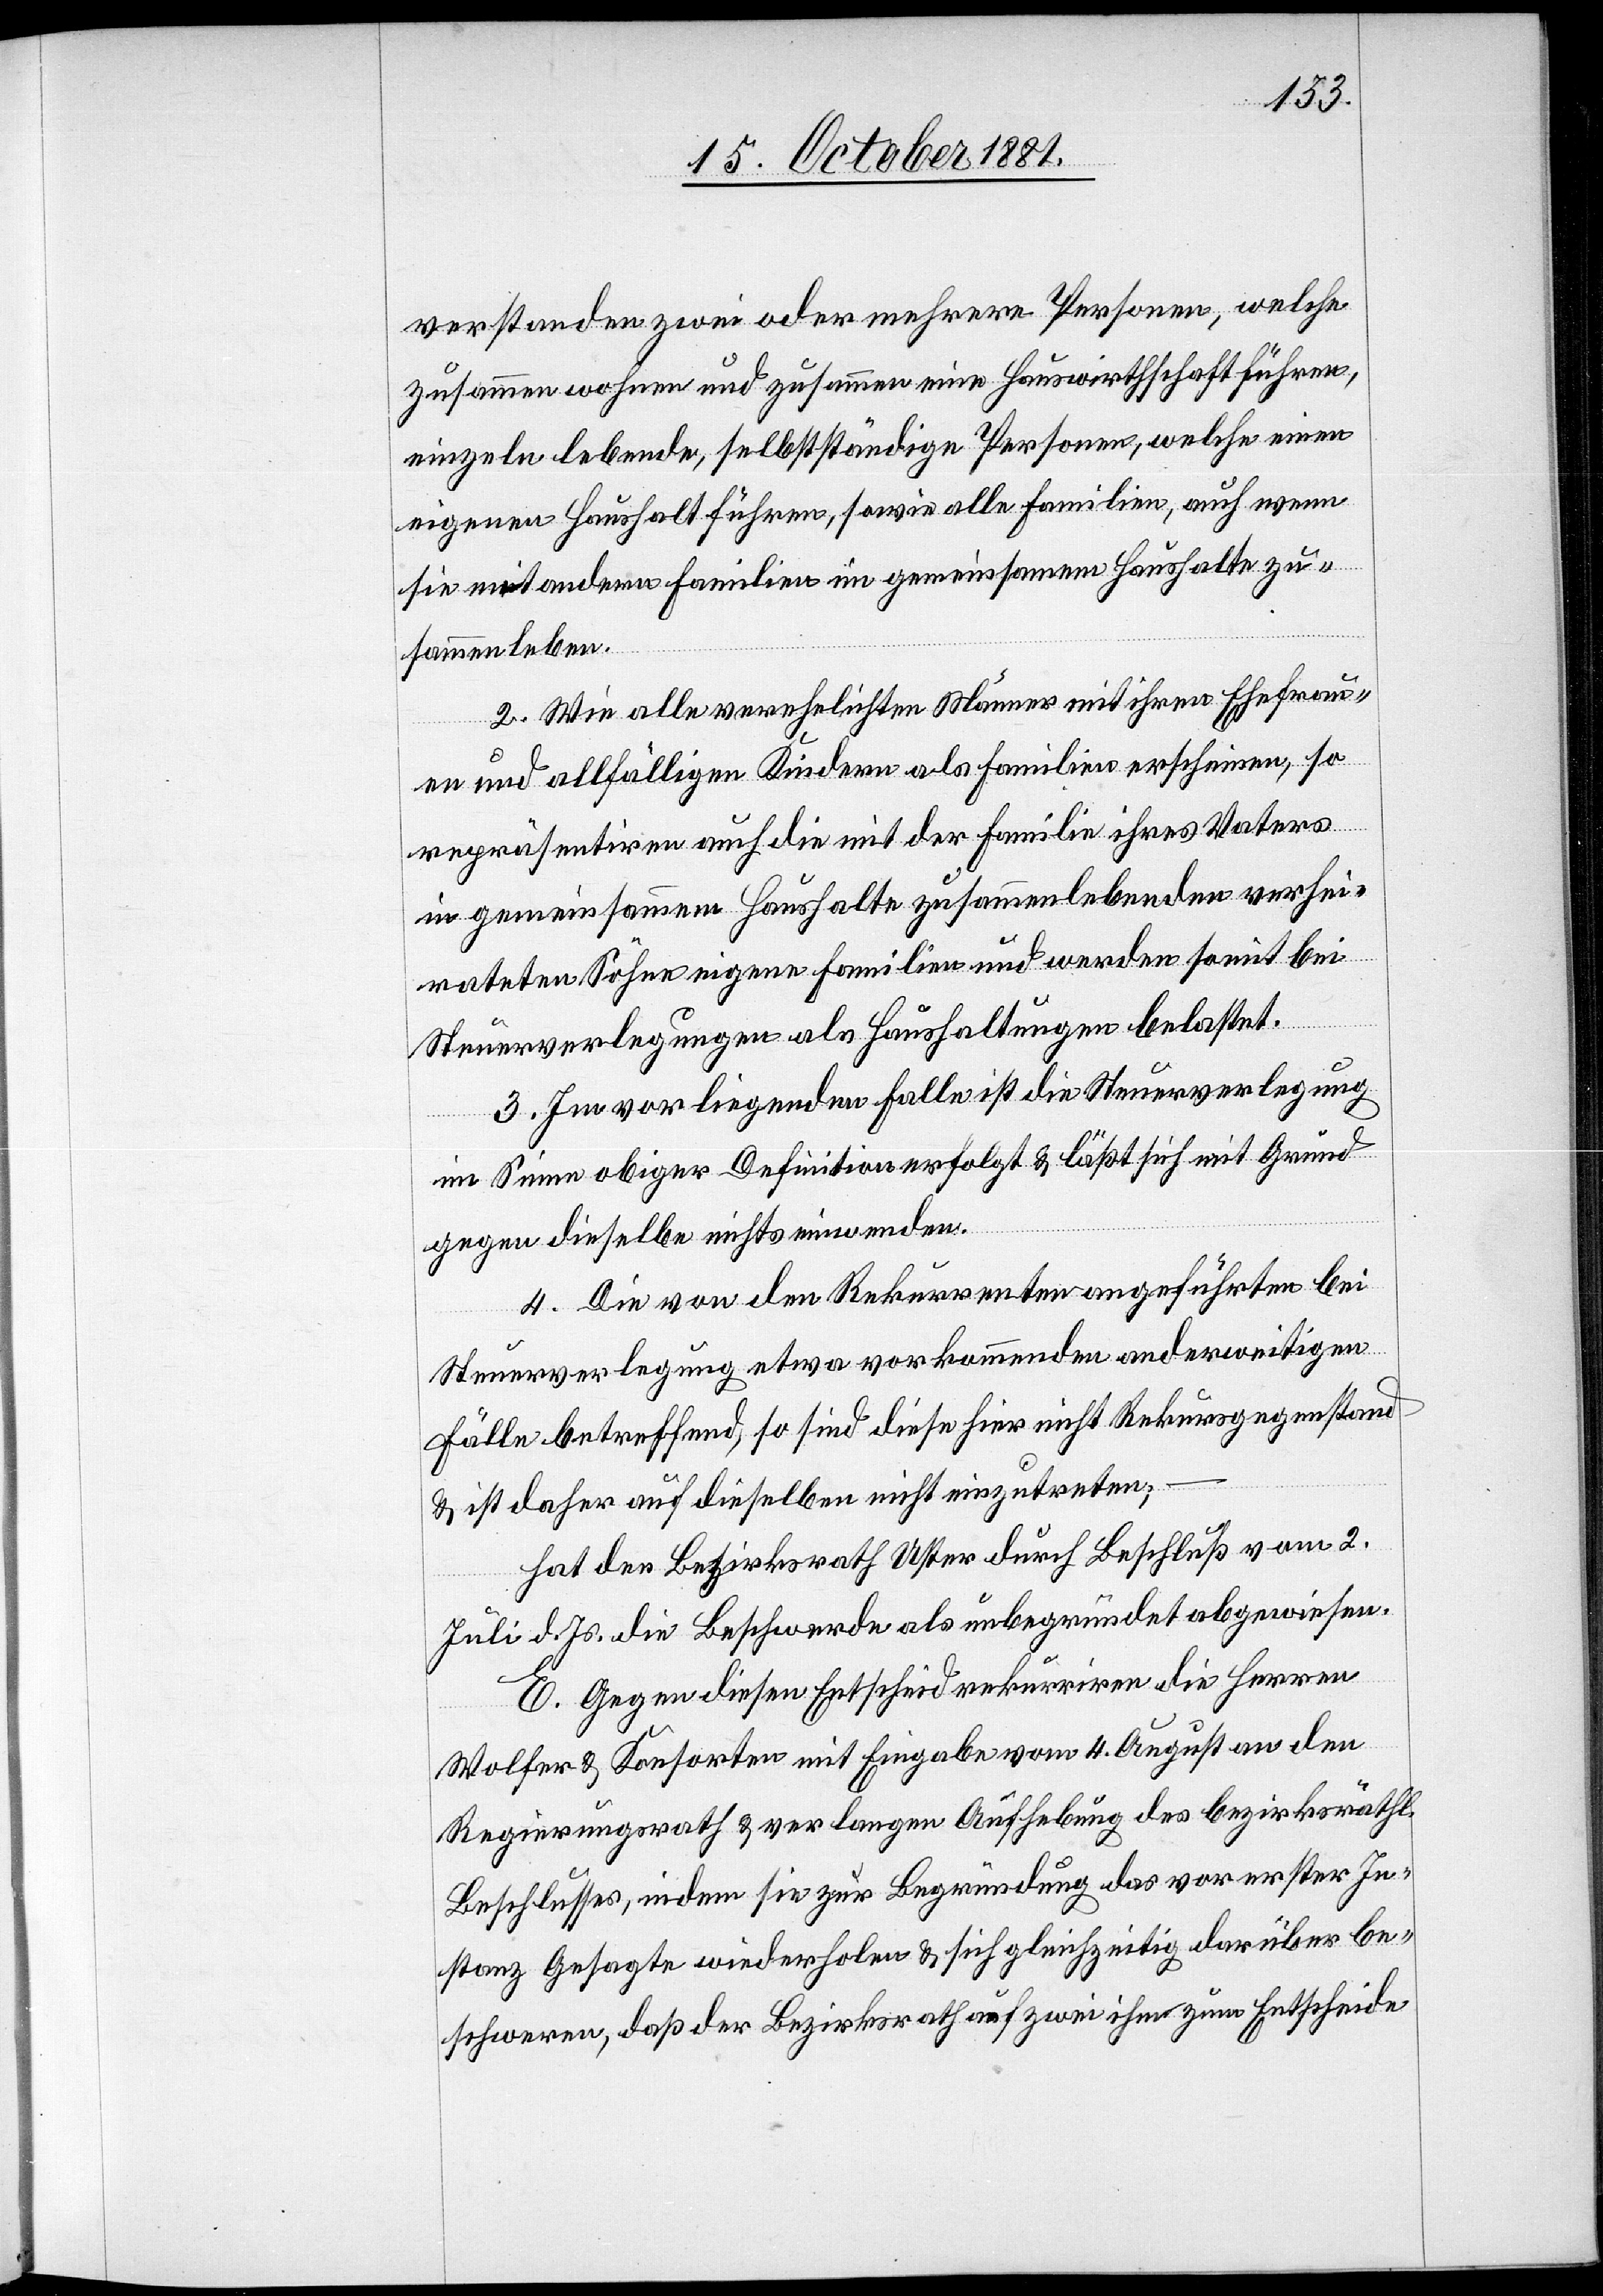
verstanden zwei oder mehrere Personen, welche
zusammen wohnen und zusammen eine Hauswirthschaft führen,
einzeln lebende, selbstständige Personen, welche einen
eigenen Haushalt führen, sowie alle Familien, auch wenn
sie mit andern Familien im gemeinsamen Haushalte zu¬
sammenleben.
2. Wie alle verehelichten Männer mit ihren Ehefrau¬
en und allfälligen Kindern als Familie erscheinen, so
repräsentiren auch die mit der Familie ihres Vaters
in gemeinsammem [sic!] Haushalte zusammenlebenden verhei¬
rateten Söhne eigene Familien und werden somit bei
Steuerverlegungen als Haushaltungen belastet.
3. Im vorliegenden Falle ist die Steuerverlegung
im Sinne obiger Definition erfolgt & läßt sich mit Grund
gegen dieselbe nichts einwenden.
4. Die von dem Rekurrenten angeführten bei
Steuerverlegung etwa vorkommenden anderweitigen
Fälle betreffend, so sind diese hier nicht Rekursgegenstand
& ist daher auf dieselben nicht einzutreten;
hat der Bezirksrath Uster durch Beschluß vom 2.
Juli d. Js. die Beschwerde als unbegründet abgewiesen.
E. Gegen diesen Entscheid rekurriren die Herren
Wolfer & Konsorten mit Eingabe vom 4. August an den
Regierungsrath & verlangen Aufhebung des bezirksräthl.
Beschlusses, indem sie zur Begründung das vor erster In¬
stanz Gesagte wiederholen & sich gleichzeitig darüber be¬
schweren, daß der Bezirksrath auf zwei ihm zum Entscheide